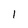
Character: 1